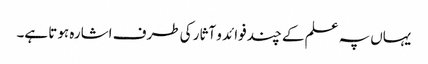
یہاں پہ علم کے چند فوائد و آثار کی طرف اشارہ ہوتا ہے۔